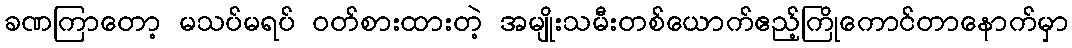
ခဏကြာတော့ မသပ်မရပ် ဝတ်စားထားတဲ့ အမျိုးသမီးတစ်ယောက်ဧည့်ကြိုကောင်တာနောက်မှာ